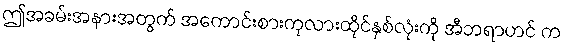
ဤအခမ်းအနားအတွက် အကောင်းစားကုလားထိုင်နှစ်လုံးကို အီဘရာဟင် က